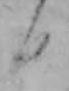
日